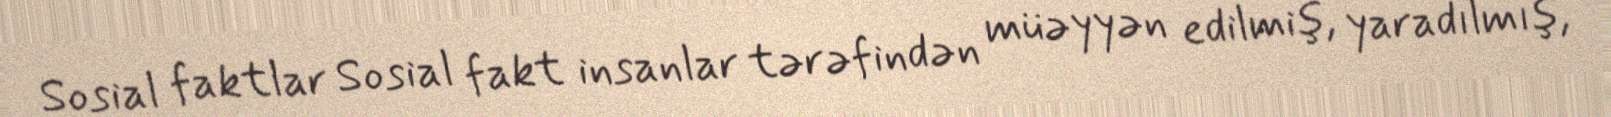
Sosial faktlar Sosial fakt insanlar tərəfindən müəyyən edilmiş, yaradılmış,